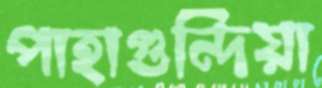
পাহাগুন্দিয়া